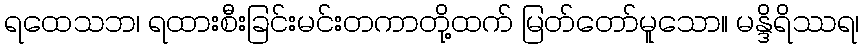
ရထေသဘ၊ ရထားစီးခြင်းမင်းတကာတို့ထက် မြတ်တော်မူသော။ မန္ဒိရိဿရ၊